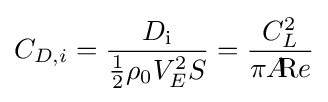
C_{D,i}={\frac {D_{\text{i}}}{{\frac {1}{2}}\rho _{0}V_{E}^{2}S}}={\frac {C_{L}^{2}}{\pi A\!\!{\text{R}}e}}